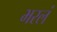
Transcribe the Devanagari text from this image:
भरलं